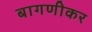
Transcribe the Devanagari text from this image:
बागणीकर